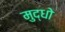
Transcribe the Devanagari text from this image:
मुद्धो